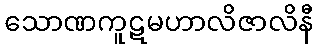
သောဏကူဋမဟာလိဇာလိနီ